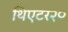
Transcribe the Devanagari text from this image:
थिएटर२०